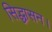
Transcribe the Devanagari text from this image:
सिद्धासन।